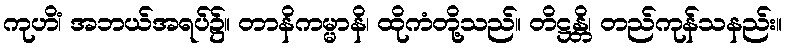
ကုဟိံ၊ အဘယ်အရပ်၌။ တာနိကမ္မာနိ၊ ထိုကံတို့သည်။ တိဋ္ဌန္တိ၊ တည်ကုန်သနည်း။